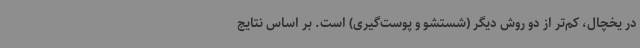
در یخچال، کم‌تر از دو روش دیگر (شستشو و پوست‌گیری) است. بر اساس نتایج